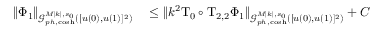
\begin{array} { r l } { \| \Phi _ { 1 } \| _ { \mathcal { G } _ { p h , \cosh } ^ { M | k | , s _ { 0 } } ( [ u ( 0 ) , u ( 1 ) ] ^ { 2 } ) } } & { { } \leq \| k ^ { 2 } \mathrm { T } _ { 0 } \circ \mathrm { T } _ { 2 , 2 } \Phi _ { 1 } \| _ { \mathcal { G } _ { p h , \cosh } ^ { M | k | , s _ { 0 } } ( [ u ( 0 ) , u ( 1 ) ] ^ { 2 } ) } + C } \end{array}